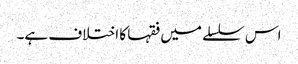
اس سلسلے میں فقہا کا اختلاف ہے۔